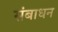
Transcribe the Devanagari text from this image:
संबाधन